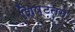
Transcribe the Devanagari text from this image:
शिष्टतम